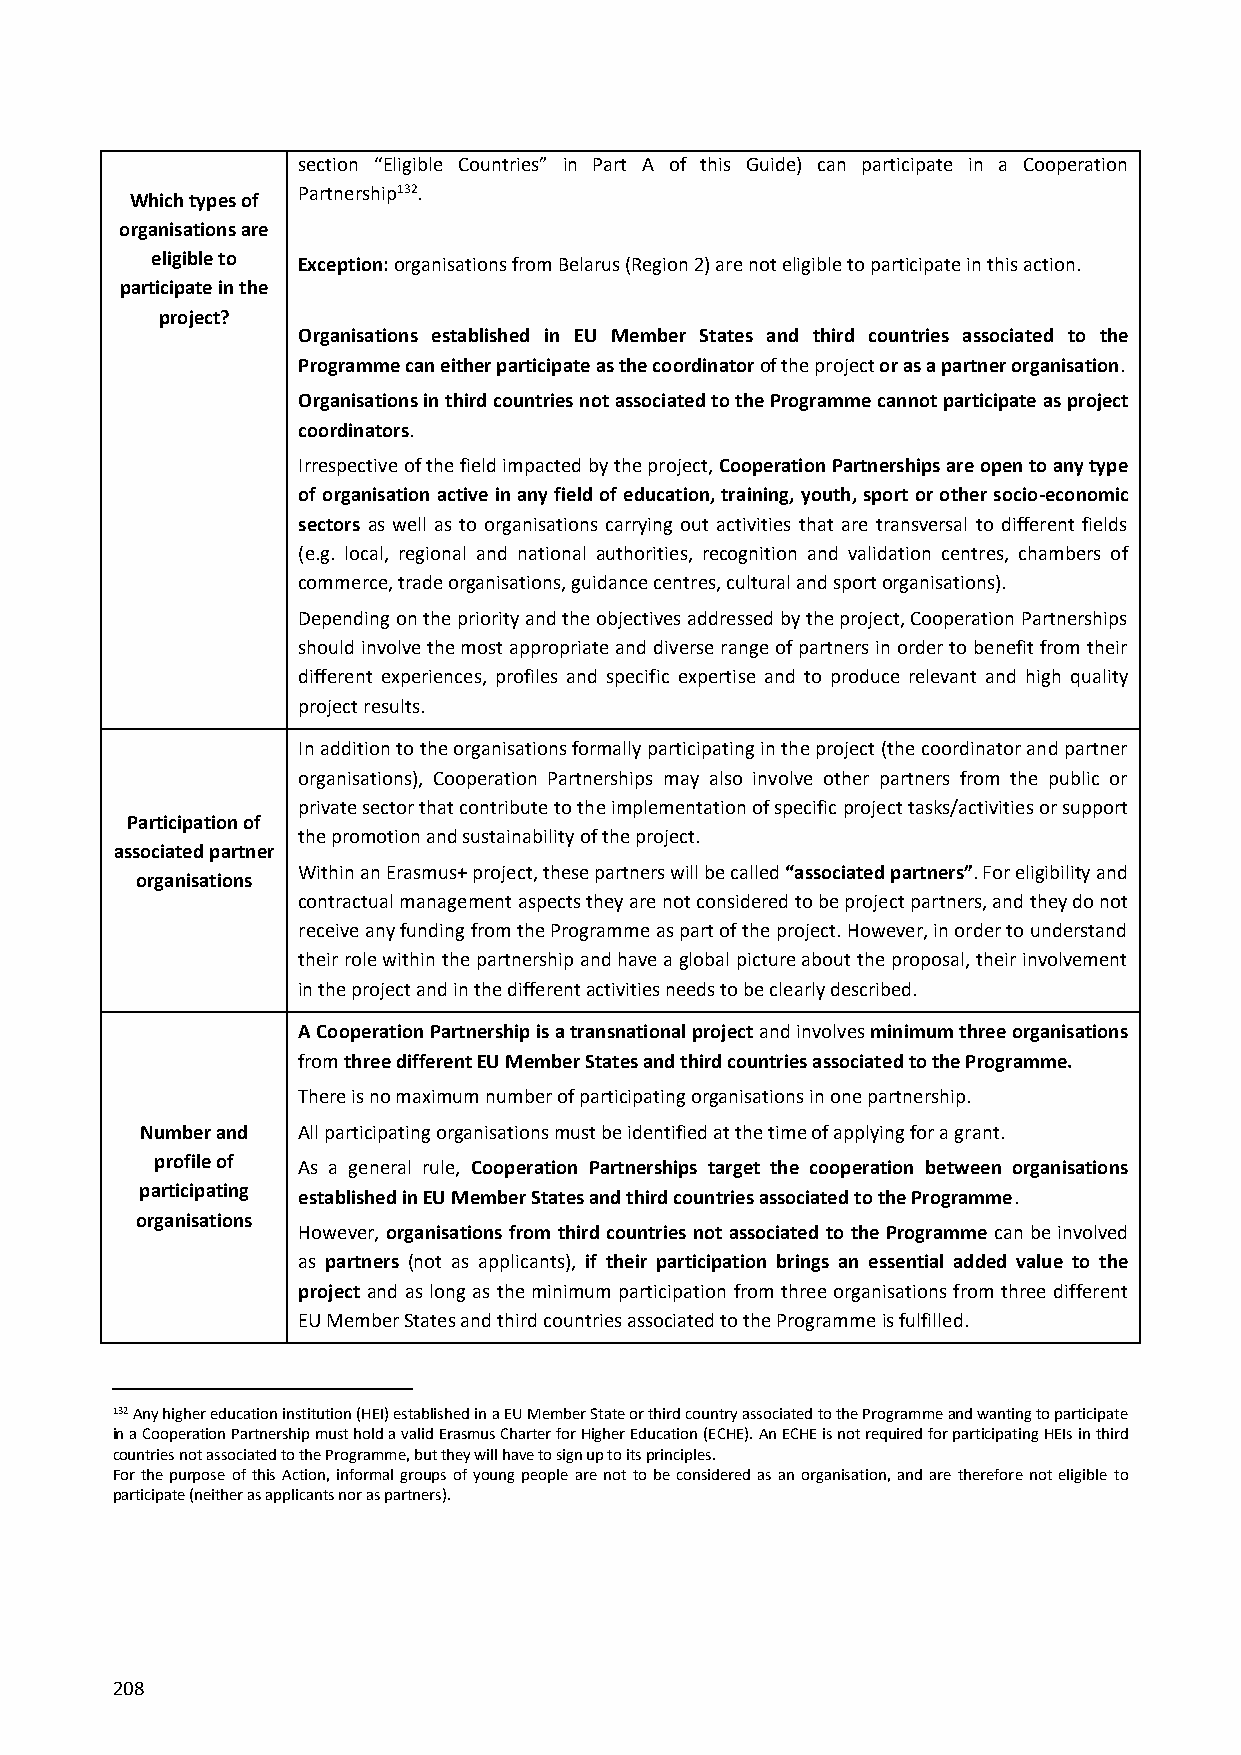
section “Eligible Countries” in Part A of this Guide) can participate in a Cooperation
 Which types of
 Partnership132.
 organisations are
 eligible to Exception: organisations from Belarus (Region 2) are not eligible to participate in this action.
 participate in the
 project?
 Organisations established in EU Member States and third countries associated to the
 Programme can either participate as the coordinator of the project or as a partner organisation.
 Organisations in third countries not associated to the Programme cannot participate as project
 coordinators.
 Irrespective of the field impacted by the project, Cooperation Partnerships are open to any type
 of organisation active in any field of education, training, youth, sport or other socio-economic
 sectors as well as to organisations carrying out activities that are transversal to different fields
 (e.g. local, regional and national authorities, recognition and validation centres, chambers of
 commerce, trade organisations, guidance centres, cultural and sport organisations).
 Depending on the priority and the objectives addressed by the project, Cooperation Partnerships
 should involve the most appropriate and diverse range of partners in order to benefit from their
 different experiences, profiles and specific expertise and to produce relevant and high quality
 project results.
 In addition to the organisations formally participating in the project (the coordinator and partner
 organisations), Cooperation Partnerships may also involve other partners from the public or
 private sector that contribute to the implementation of specific project tasks/activities or support
 Participation of
 the promotion and sustainability of the project.
 associated partner
 Within an Erasmus+ project, these partners will be called “associated partners”. For eligibility and
 organisations
 contractual management aspects they are not considered to be project partners, and they do not
 receive any funding from the Programme as part of the project. However, in order to understand
 their role within the partnership and have a global picture about the proposal, their involvement
 in the project and in the different activities needs to be clearly described.
 A Cooperation Partnership is a transnational project and involves minimum three organisations
 from three different EU Member States and third countries associated to the Programme.
 There is no maximum number of participating organisations in one partnership.
 Number and All participating organisations must be identified at the time of applying for a grant.
 profile of As a general rule, Cooperation Partnerships target the cooperation between organisations
 participating established in EU Member States and third countries associated to the Programme.
 organisations
 However, organisations from third countries not associated to the Programme can be involved
 as partners (not as applicants), if their participation brings an essential added value to the
 project and as long as the minimum participation from three organisations from three different
 EU Member States and third countries associated to the Programme is fulfilled.
 132 Any higher education institution (HEI) established in a EU Member State or third country associated to the Programme and wanting to participate
 in a Cooperation Partnership must hold a valid Erasmus Charter for Higher Education (ECHE). An ECHE is not required for participating HEIs in third
 countries not associated to the Programme, but they will have to sign up to its principles.
 For the purpose of this Action, informal groups of young people are not to be considered as an organisation, and are therefore not eligible to
 participate (neither as applicants nor as partners).
 208